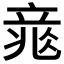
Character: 𥪐